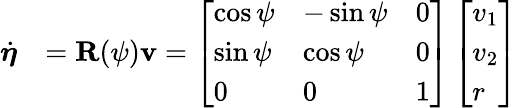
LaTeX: \begin{array}{rl}{\dot{\boldsymbol{\eta}}}&{=\mathbf{R}(\psi)\mathbf{v}=\left[\begin{array}{lll}{\cos{\psi}}&{-\sin{\psi}}&{0}\\ {\sin{\psi}}&{\cos{\psi}}&{0}\\ {0}&{0}&{1}\end{array}\right]\left[\begin{array}{l}{v_{1}}\\ {v_{2}}\\ {r}\end{array}\right]}\end{array}